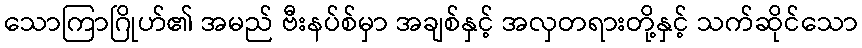
သောကြာဂြိုဟ်၏ အမည် ဗီးနပ်စ်မှာ အချစ်နှင့် အလှတရားတို့နှင့် သက်ဆိုင်သော